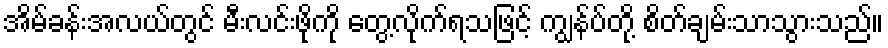
အိမ်ခန်းအလယ်တွင် မီးလင်းဖိုကို တွေ့လိုက်ရသဖြင့် ကျွန်ပ်တို့ စိတ်ချမ်းသာသွားသည်။